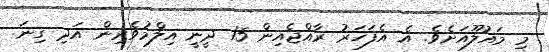
މި މައުލޫއަށެވެ. އެ އެފަހަރު ރާއްޖެއިން 15 ދީނީ އިލްމުވެރިން އަދި ގިނަ